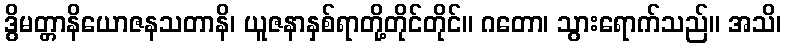
ဒွိမတ္တာနိယောဇနသတာနိ၊ ယူဇနာနှစ်ရာတို့တိုင်တိုင်။ ဂတော၊ သွားရောက်သည်။ အသိ၊